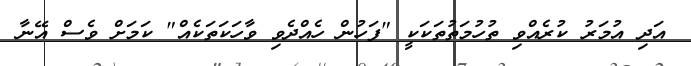
އަދި އުމަރު ކުރެއްވި ތުހުމަތުތަކަކީ "ފަހުން ހެއްދެވި ވާހަކަތަކެއް" ކަމަށް ވެސް އޭނާ